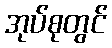
အုပ်စုတွင်